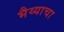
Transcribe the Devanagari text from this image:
भैय्याचा